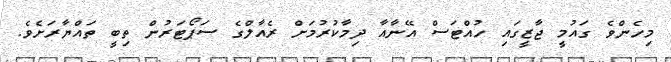
މިހެންވެ ގައުމީ ޖާޒީގައި ހުއްޓަސް އޭނާއާ ދިމާކުރުމަށް ރެއާލްގެ ސަޕޯޓަރުން ތިބީ ތައްޔާރަށެވެ.